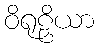
ဝိရုဠှိယာ